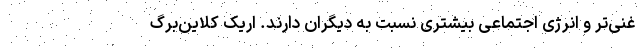
غنی‌تر و انرژی اجتماعی بیشتری نسبت به دیگران دارند. اِریک کلاین‌بِرگ